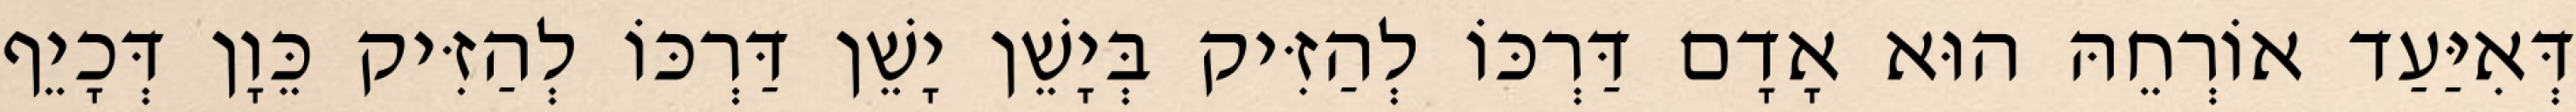
דְּאִיַּעַד אוֹרְחֵהּ הוּא אָדָם דַּרְכּוֹ לְהַזִּיק בְּיָשֵׁן יָשֵׁן דַּרְכּוֹ לְהַזִּיק כֵּוָן דְּכָיֵף